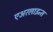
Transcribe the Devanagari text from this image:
एअरलाइन्‍स